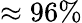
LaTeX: \approx 96\%